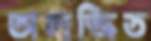
অলজ্জিত